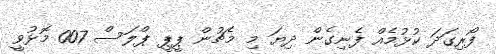
ފޯރިގަދަ ކުޅުމެއް ފެނިގެން ދިޔަ މި މެޗުން ޕީޕީ ޕްލަސް 007 މޮޅުވީ